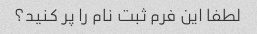
لطفا این فرم ثبت نام را پر کنید؟